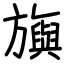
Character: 旟